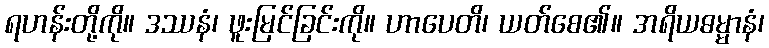
ရဟန်းတို့ကို။ ဒဿနံ၊ ဖူးမြင်ခြင်းကို။ ဟာပေတိ၊ ယတ်စေ၏။ အရိယဓမ္မာနံ၊